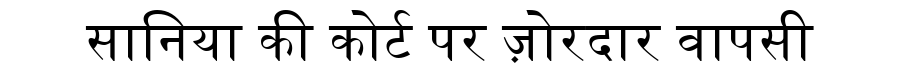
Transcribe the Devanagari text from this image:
सानिया की कोर्ट पर ज़ोरदार वापसी